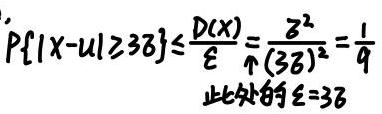
\( P\{|X - \mu| \geq 3\delta\} \leq \frac{D(X)}{\varepsilon} = \frac{\delta^2}{(3\delta)^2} = \frac{1}{9} \)\\
此处的\( \varepsilon = 3\delta \)